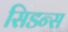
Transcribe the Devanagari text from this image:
सिडन्स